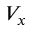
V _ { x }